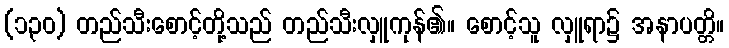
(၁၃၀) တည်သီးစောင့်တို့သည် တည်သီးလှူကုန်၏။ စောင့်သူ လှူရာ၌ အနာပတ္တိ။